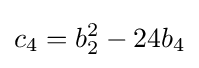
c_{4}=b_{2}^{2}-24b_{4}